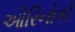
ઓરિનોકો